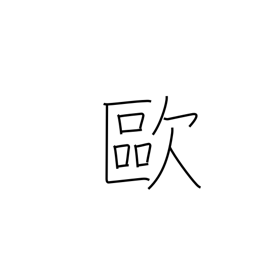
Meaning: Europe